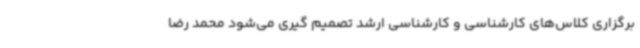
برگزاری کلاس‌های کارشناسی و کارشناسی ارشد تصمیم گیری می‌شود محمد رضا